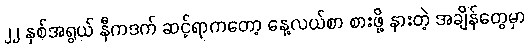
၂၂ နှစ်အရွယ် နီကဒက် ဆင့်ရာကတော့ နေ့လယ်စာ စားဖို့ နားတဲ့ အချိန်တွေမှာ